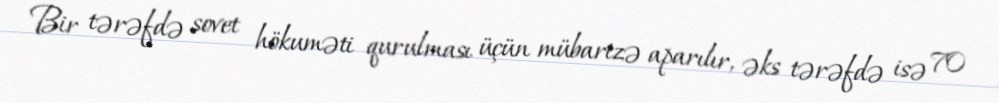
Bir tərəfdə sovet hökuməti qurulması üçün mübarizə aparılır, əks tərəfdə isə 70